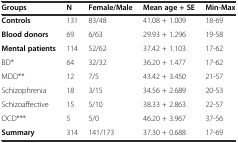
<table><thead><tr><td><b>Groups</b></td><td><b>N</b></td><td><b>Female/Male</b></td><td><b>Mean age + SE</b></td><td><b>Min-Max</b></td></tr></thead><tbody><tr><td><b>Controls</b></td><td>131</td><td>83/48</td><td>41.08 + 1.009</td><td>18-69</td></tr><tr><td><b>Blood donors</b></td><td>69</td><td>6/63</td><td>29.93 + 1.296</td><td>19-58</td></tr><tr><td><b>Mental patients</b></td><td>114</td><td>52/62</td><td>37.42 + 1.103</td><td>17-62</td></tr><tr><td>BD*</td><td>64</td><td>32/32</td><td>36.20 + 1.477</td><td>17-62</td></tr><tr><td>MDD**</td><td>12</td><td>7/5</td><td>43.42 + 3.450</td><td>21-57</td></tr><tr><td>Schizophrenia</td><td>18</td><td>3/15</td><td>34.56 + 2.689</td><td>20-53</td></tr><tr><td>Schizoaffective</td><td>15</td><td>5/10</td><td>38.33 + 2.863</td><td>22-57</td></tr><tr><td>OCD***</td><td>5</td><td>5/0</td><td>46.20 + 3.967</td><td>37-56</td></tr><tr><td><b>Summary</b></td><td>314</td><td>141/173</td><td>37.30 + 0.688</td><td>17-69</td></tr></tbody></table>